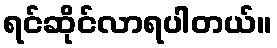
ရင်ဆိုင်လာရပါတယ်။